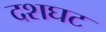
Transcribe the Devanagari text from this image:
दशघट